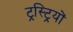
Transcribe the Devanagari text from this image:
ट्रस्ट्रियों